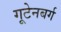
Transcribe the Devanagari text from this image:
गूटेनबर्ग